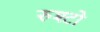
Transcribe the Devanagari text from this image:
रुश्टो